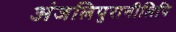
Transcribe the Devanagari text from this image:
अंजलिपुरानीलिपि